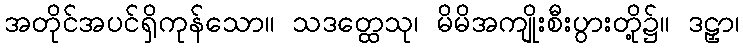
အတိုင်အပင်ရှိကုန်သော။ သဒတ္ထေသု၊ မိမိအကျိုးစီးပွားတို့၌။ ဒဠှာ၊